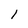
Character: l